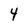
Character: 4